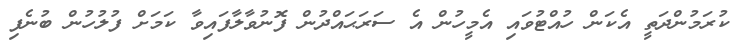
ކުރަމުންދަތީ އެކަން ހުއްޓުވައި އެމީހުން އެ ސަރަޙައްދުން ފޮނުވާލާފައިވާ ކަމަށް ފުލުހުން ބުނެފި